Civil Veterinary Department ledger series I-VI
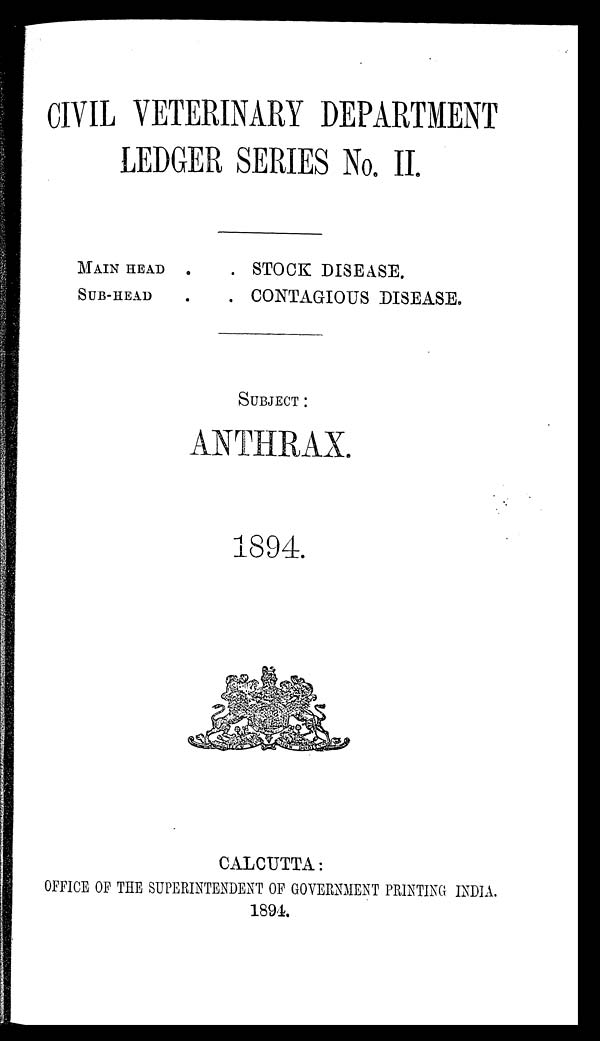
CIVIL VETERINARY DEPARTMENT
LEDGER SERIES No. II.
MAIN HEAD .
SUB-HEAD
. STOCK DISEASE.
. CONTAGIOUS DISEASE.
SUBJECT
ANTHRAX.
1894.
CALCUTTA:
OFFICE OF THE SUPERINTENDENT OF GOVERNMENT PRINTING INDIA.
1894.